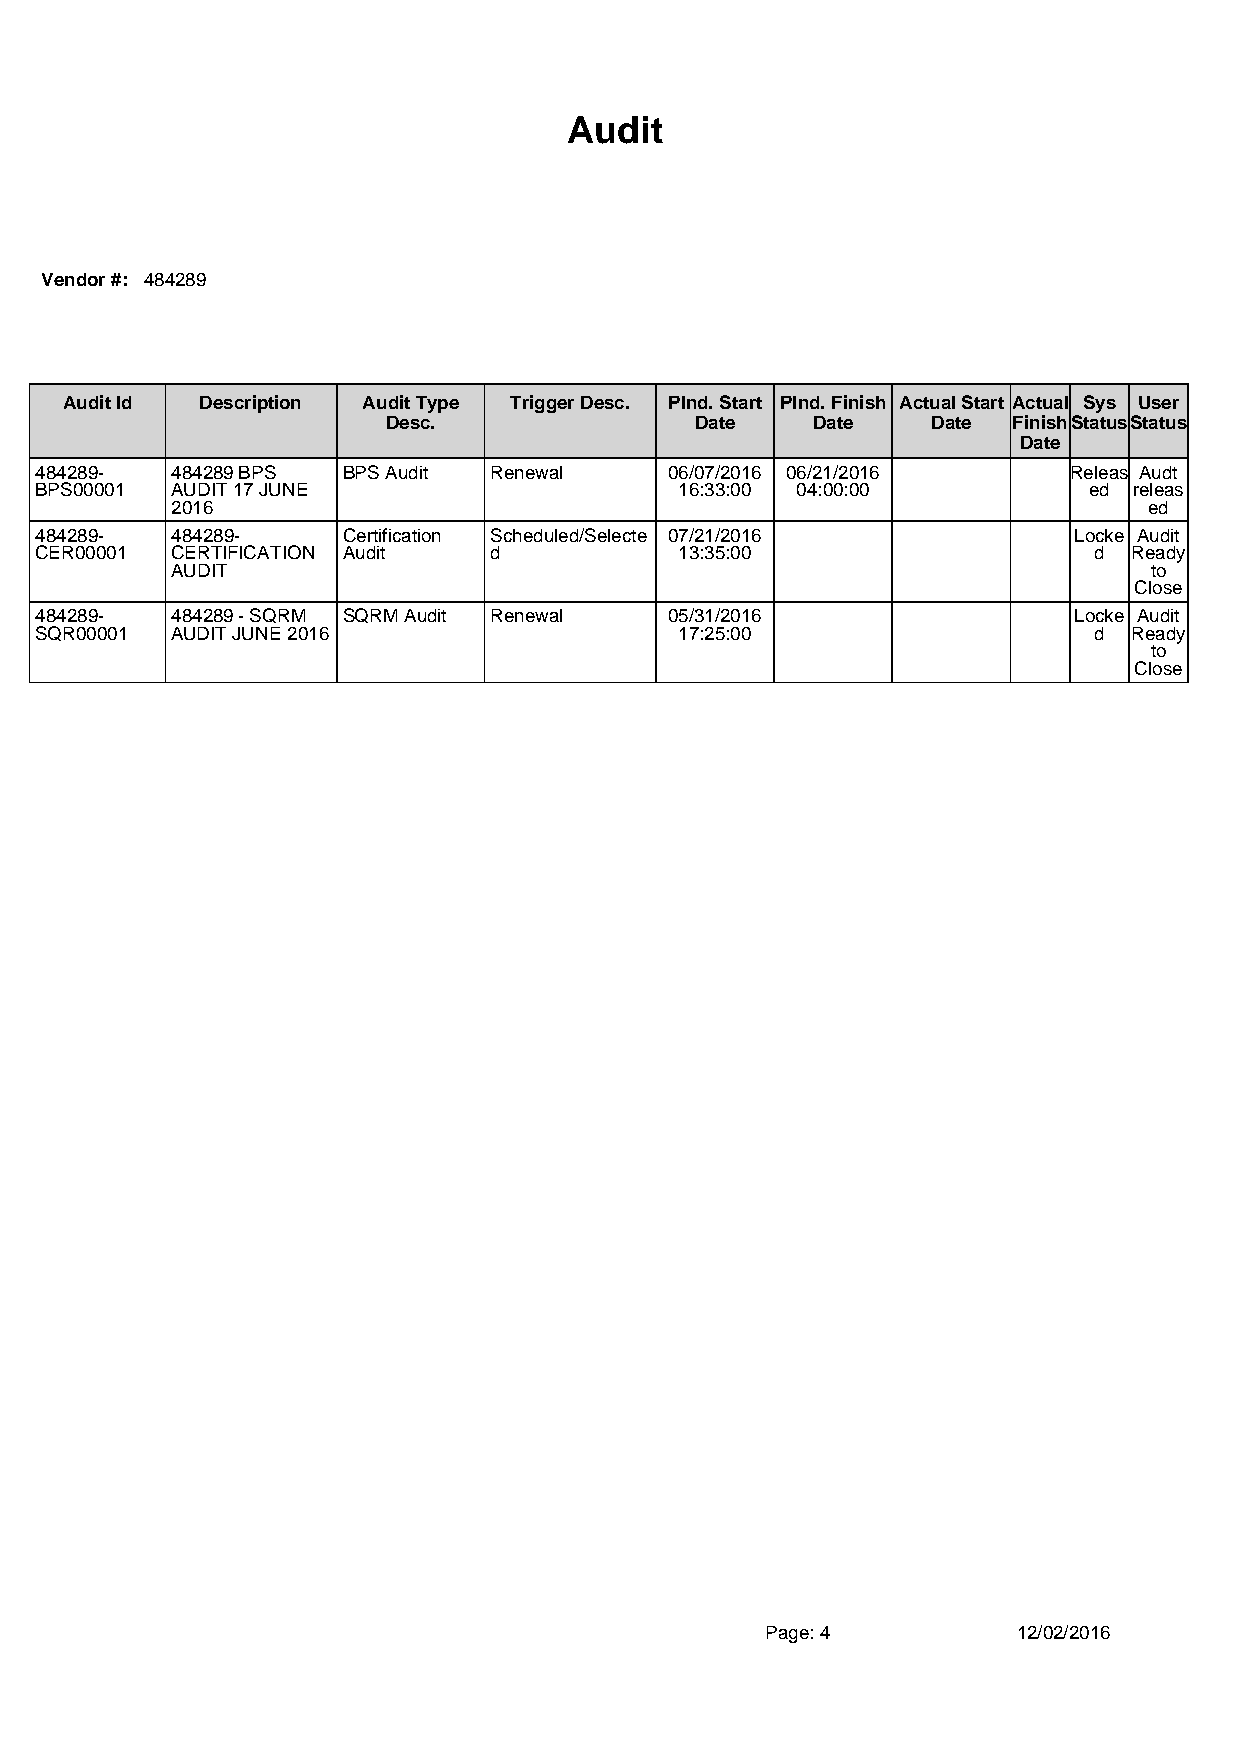
Audit
 Vendor#: 484289
 AuditId  Description AuditType TriggerDesc. Plnd.Start Plnd.Finish ActualStart Actual Sys User
 Desc.               Date    Date    Date FinishStatusStatus
 Date
 484289-  484289BPS   BPSAudit Renewal     06/07/2016 06/21/2016      Releas Audt
 BPS00001 AUDIT17JUNE                       16:33:00 04:00:00          ed releas
 2016                                                             ed
 484289-  484289-     Certification Scheduled/Selecte 07/21/2016      Locke Audit
 CER00001 CERTIFICATION Audit  d            13:35:00                   d  Ready
 AUDIT                                                            to
 Close
 484289-  484289-SQRM SQRMAudit Renewal    05/31/2016                 Locke Audit
 SQR00001 AUDITJUNE2016                     17:25:00                   d  Ready
 to
 Close
 Page:4          12/02/2016